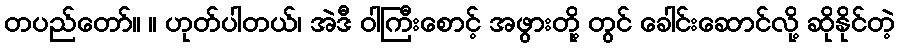
တပည်တော်။ ။ ဟုတ်ပါတယ်၊ အဲဒီ ဝါကြီးစောင့် အဖွားတို့ တွင် ခေါင်းဆောင်လို့ ဆိုနိုင်တဲ့